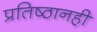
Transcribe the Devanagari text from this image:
प्रतिष्ठानही